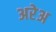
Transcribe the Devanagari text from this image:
अरेअ